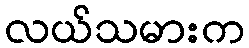
လယ်သမားက